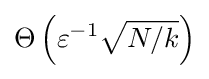
\Theta \left(\varepsilon ^{-1}{\sqrt {N/k}}\right)